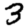
Digit: 3